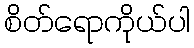
စိတ်ရောကိုယ်ပါ